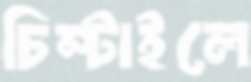
চিম্‌টাইলে